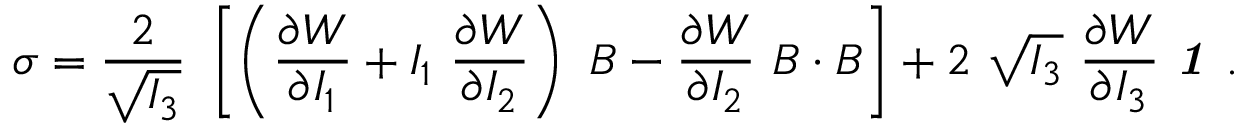
{ \boldsymbol { \sigma } } = { \frac { 2 } { \sqrt { I _ { 3 } } } } ~ \left[ \left( { \frac { \partial W } { \partial I _ { 1 } } } + I _ { 1 } ~ { \frac { \partial W } { \partial I _ { 2 } } } \right) ~ { \boldsymbol { B } } - { \frac { \partial W } { \partial I _ { 2 } } } ~ { \boldsymbol { B } } \cdot { \boldsymbol { B } } \right] + 2 ~ { \sqrt { I _ { 3 } } } ~ { \frac { \partial W } { \partial I _ { 3 } } } ~ { \boldsymbol { \mathit { 1 } } } ~ .